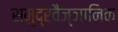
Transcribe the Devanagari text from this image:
समुद्रवैज्ञानिक